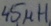
Text: 45µH